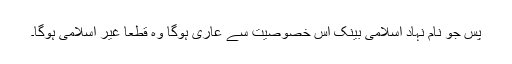
پس جو نام نہاد اسلامی بینک اس خصوصیت سے عاری ہوگا وہ قطعاً غیر اسلامی ہوگا۔